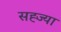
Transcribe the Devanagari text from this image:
सह्ज्या